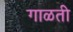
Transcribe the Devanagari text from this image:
गाळती